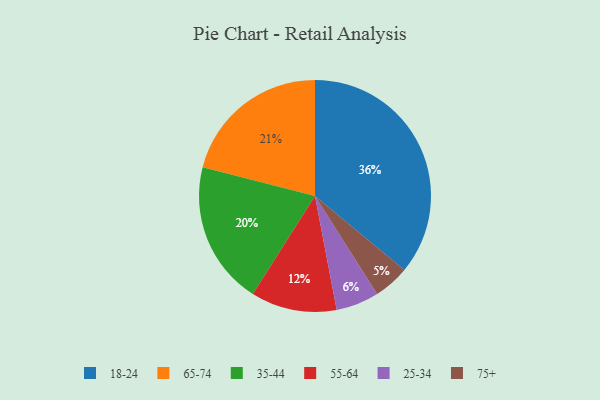
{"axis": {"x": "Category", "y": "Percentage"}, "legend": ["18-24", "25-34", "35-44", "55-64", "65-74", "75+"], "data": [{"x": "35-44", "y": 20, "type": "35-44"}, {"x": "75+", "y": 5, "type": "75+"}, {"x": "65-74", "y": 21, "type": "65-74"}, {"x": "25-34", "y": 6, "type": "25-34"}, {"x": "55-64", "y": 12, "type": "55-64"}, {"x": "18-24", "y": 36, "type": "18-24"}]}